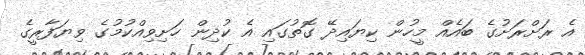
އެ ރަށްރަށުގެ ބައެއް މީހުން ކިޔައިދޭ ގޮތުގައި އެ ކުދިން ހަށިވިއްކުމުގެ ވިޔަފާރީގެ